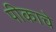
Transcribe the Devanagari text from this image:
पीकाचे